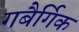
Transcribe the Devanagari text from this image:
गबैर्गिक